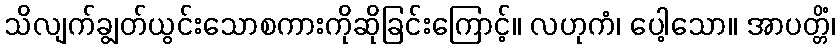
သိလျက်ချွတ်ယွင်းသောစကားကိုဆိုခြင်းကြောင့်။ လဟုကံ၊ ပေါ့သော။ အာပတ္တိံ၊